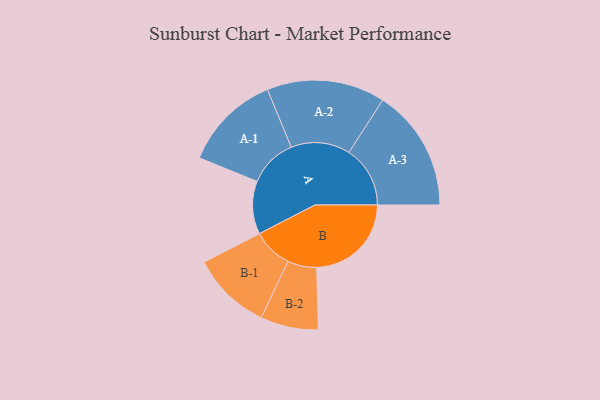
{"axis": {"x": "Segment", "y": "Value"}, "legend": ["", "A", "B"], "data": [{"x": "A", "y": 223, "type": ""}, {"x": "B", "y": 399, "type": ""}, {"x": "A-1", "y": 205, "type": "A"}, {"x": "A-2", "y": 249, "type": "A"}, {"x": "A-3", "y": 258, "type": "A"}, {"x": "B-1", "y": 168, "type": "B"}, {"x": "B-2", "y": 122, "type": "B"}]}